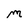
Character: M